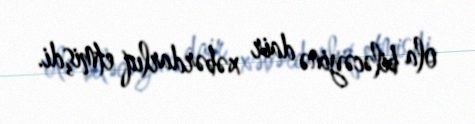
ola biləcəyinə dair xəbərdarlıq etmişdi.